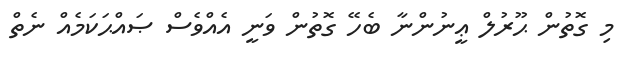
މި ގޮތުން ޙޫރުލް ޢީނުންނާ ބެހޭ ގޮތުން ވަނީ އެއްވެސް ޞައްޙަކަމެއް ނެތް